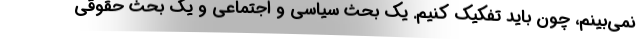
نمی‌بینم، چون باید تفکیک کنیم. یک بحث سیاسی و اجتماعی و یک بحث حقوقی